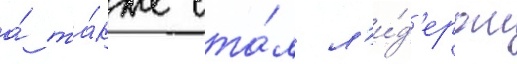
а́ та́кже ста́л л'и́д'ером